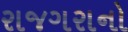
રાજગરાનો